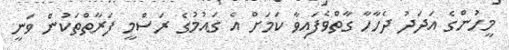
މީހުންގެ އަދަދު ދެހާހާ ގާތްވެފައިވާ ކަމަށް އެ ގައުމުގެ ރަސްމީ ފަރާތްތަކުން ވަނީ